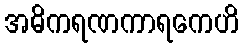
အဓိကရဏကာရကေဟိ